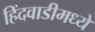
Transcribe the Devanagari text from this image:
हिंदवाडीमध्ये